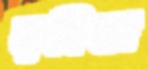
রমিতা